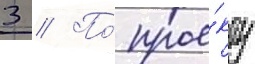
3 // По́ прое́кту